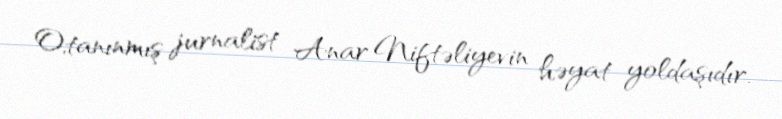
O,tanınmış jurnalist Anar Niftəliyevin həyat yoldaşıdır.